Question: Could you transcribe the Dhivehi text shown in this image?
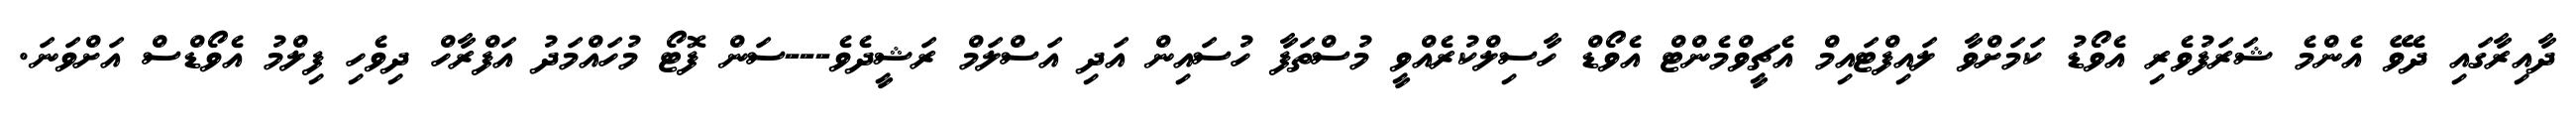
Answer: ދާއިރާގައި ދެވޭ އެންމެ ޝަރަފުވެރި އެވޯޑު ކަމަށްވާ ލައިފްޓައިމް އެޗީވްމެންޓް އެވޯޑް ހާސިލްކުރެއްވީ މުސްތަފާ ހުސައިން އަދި އަސްލަމް ރަޝީދެވެ---ސަން ފޮޓޯ މުހައްމަދު އަފްރާހް ދިވެހި ފިލްމު އެވޯޑްސް އަށްވަނަ.